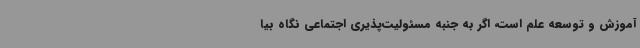
آموزش و توسعه علم است، اگر به جنبه مسئولیت‌پذیری اجتماعی نگاه بیا